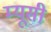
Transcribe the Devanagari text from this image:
म्यूसी